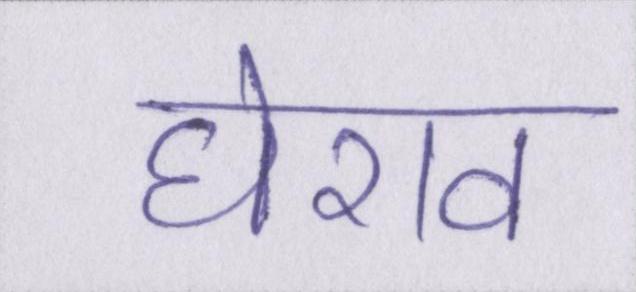
घेराव